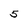
Character: 5